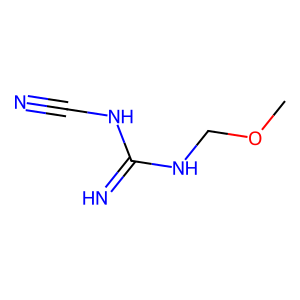
SMILES: COCNC(=N)NC#N
Inhibits HIV replication: No